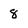
Character: 8